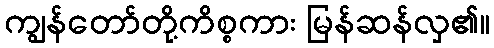
ကျွန်တော်တို့ကိစ္စကား မြန်ဆန်လှ၏။